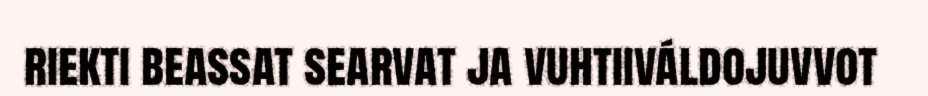
riekti beassat searvat ja vuhtiiváldojuvvot